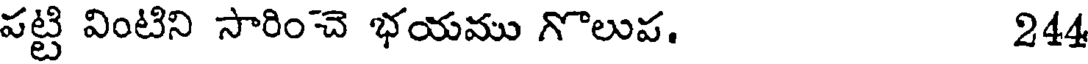
పట్టి వింటిని సారించె భయము గొలుప. 244